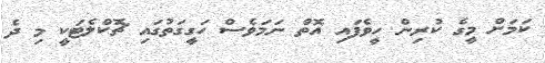
ކަމަށް މީގެ ކުރިން ހީވެފައި އޮތް ނަމަވެސް ހަގީގަތުގައި ޗޮކްލެޓަކީ މި ދެ